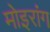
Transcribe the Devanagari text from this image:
मोइरांग